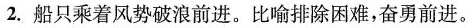
2.船只乘着风势破浪前进。比喻排除困难，奋勇前进。